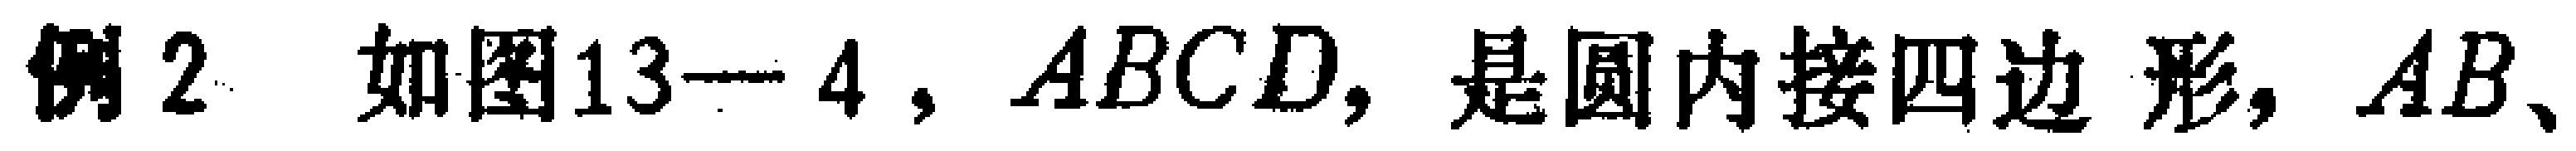
例2 如图13—4，$ABCD$，是圆内接四边形，$AB$、